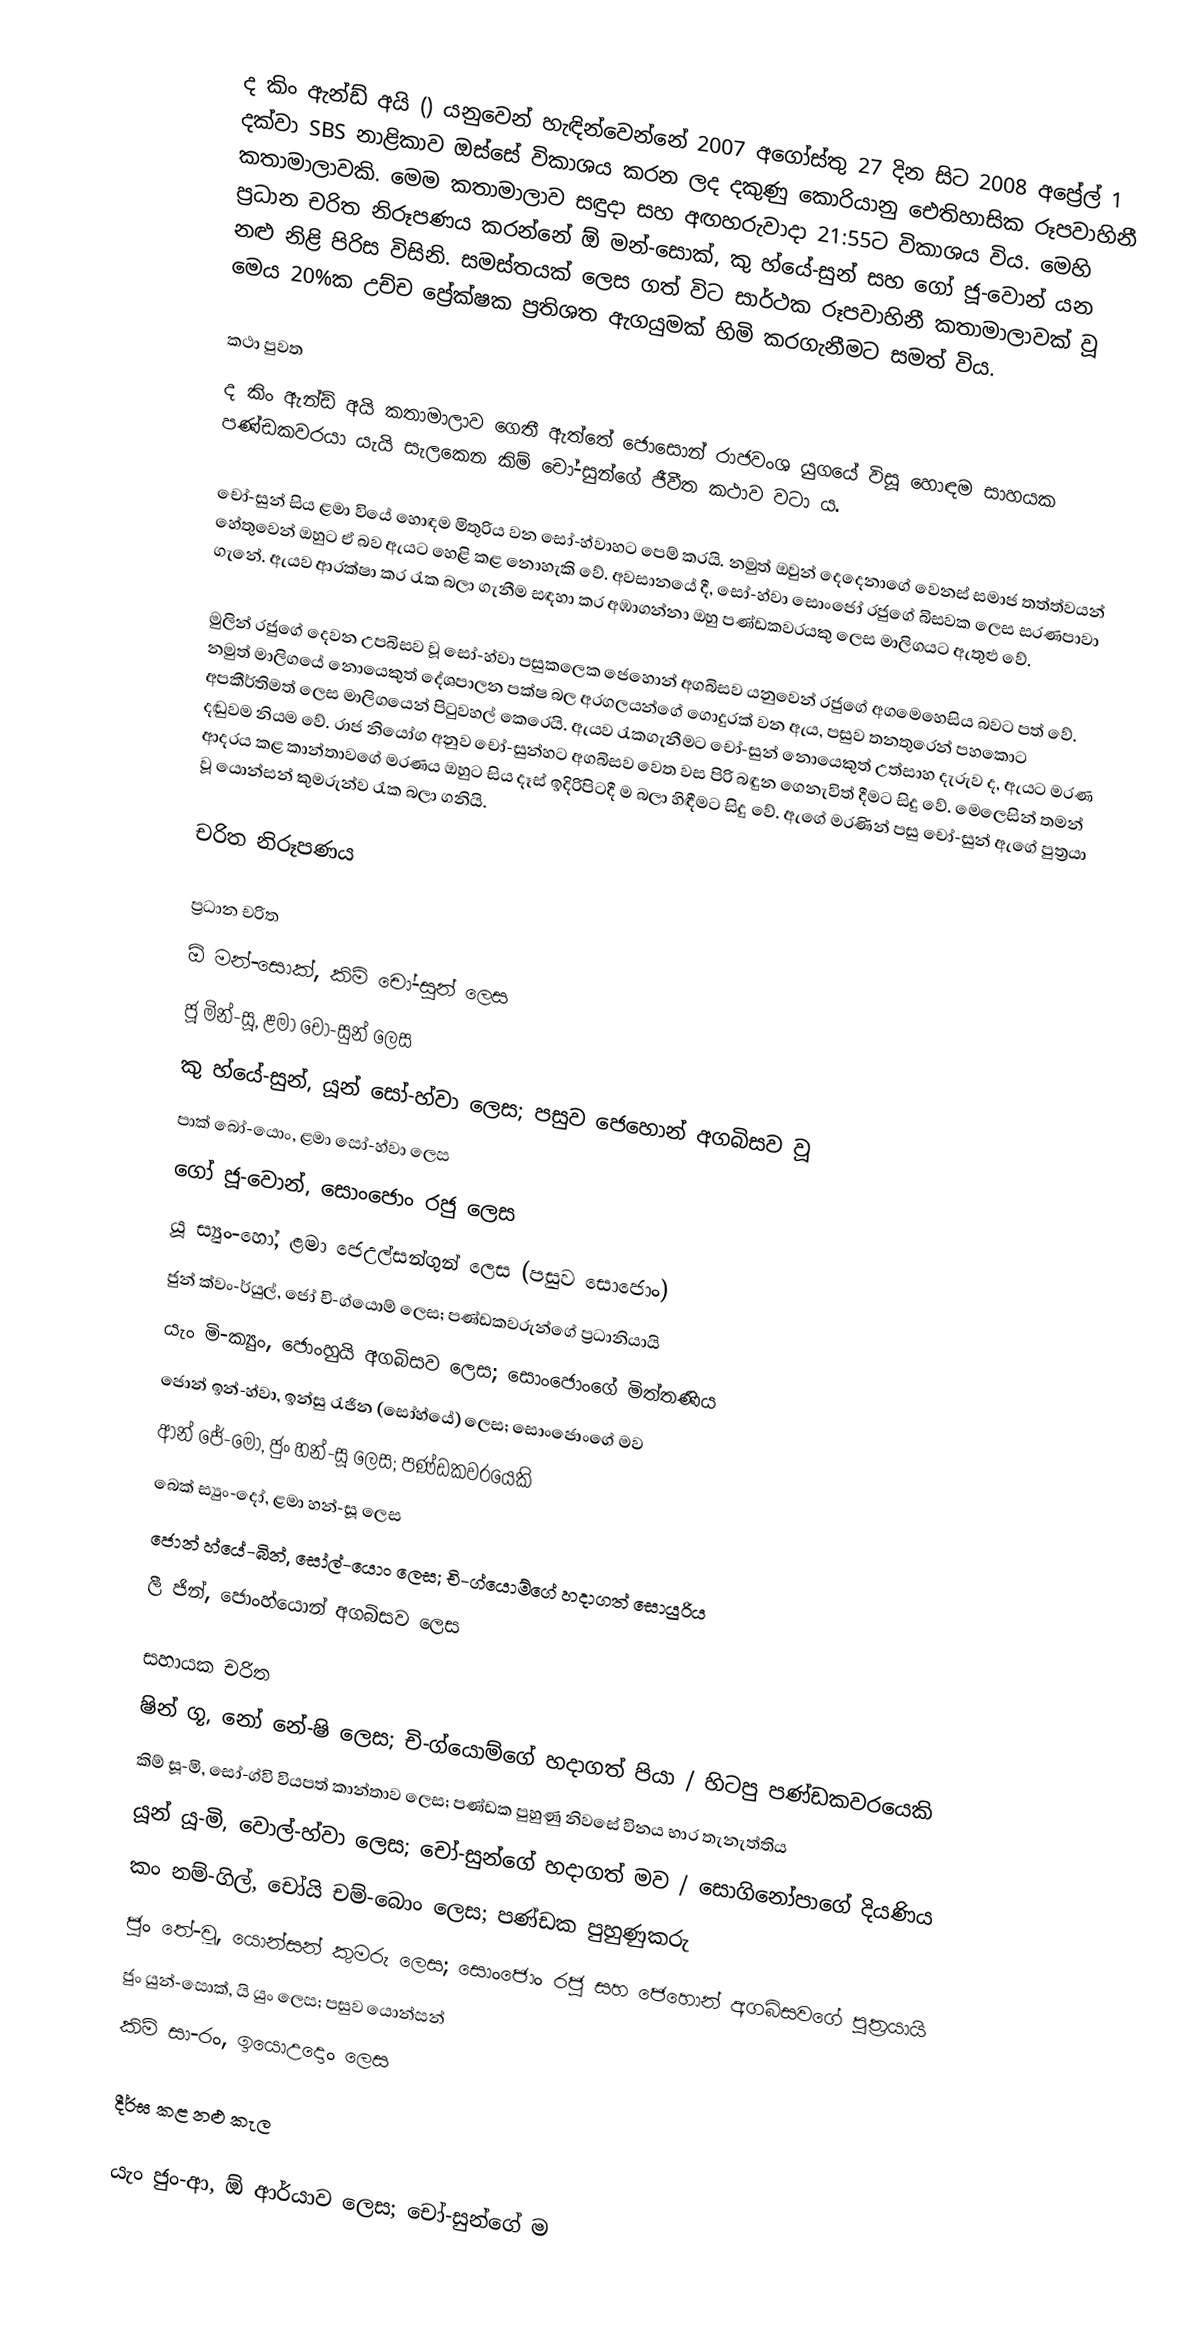
ද කිං ඇන්ඩ් අයි () යනුවෙන් හැඳින්වෙන්නේ 2007 අගෝස්තු 27 දින සිට 2008 අප්‍රේල් 1 දක්වා SBS නාළිකාව ඔස්සේ විකාශය කරන ලද දකුණු කොරියානු ඓතිහාසික රූපවාහිනී කතාමාලාවකි. මෙම කතාමාලාව සඳුදා සහ අඟහරුවාදා 21:55ට විකාශය විය. මෙහි ප්‍රධාන චරිත නිරූපණය කරන්නේ ඕ මන්-සොක්, කු හ්යේ-සුන් සහ ගෝ ජූ-වොන් යන නළු නිළි පිරිස විසිනි. සමස්තයක් ලෙස ගත් විට සාර්ථක රූපවාහිනී කතාමාලාවක් වූ මෙය 20%ක උච්ච ප්‍රේක්ෂක ප්‍රතිශත ඇගයුමක් හිමි කරගැනීමට සමත් විය.

කථා පුවත
ද කිං ඇන්ඩ් අයි කතාමාලාව ගෙතී ඇත‍්තේ ජොසොන් රාජවංශ යුගයේ විසූ හොඳම සාහයක පණ්ඩකවරයා යැයි සැලකෙන කිම් චෝ-සුන්ගේ ජීවීත කථාව වටා ය.

චෝ-සුන් සිය ළමා වියේ හොඳම මිතුරිය වන සෝ-හ්වාහට පෙම් කරයි. නමුත් ඔවුන් දෙදෙනාගේ වෙනස් සමාජ තත්ත්වයන් හේතුවෙන් ඔහුට ඒ බව ඇයට හෙළි කළ නොහැකි වේ. අවසා‍නයේ දී, සෝ-හ්වා සොංජෝ රජුගේ බිසවක ලෙස සරණපාවා ගැනේ. ඇයව ආරක්ෂා කර රැක බලා ගැනීම සඳහා කර අඹාගන්නා ඔහු පණ්ඩකවරයකු ලෙස මාලිගයට ඇතුළු වේ‍.

මුලින් රජුගේ දෙවන උපබිසව වූ සෝ-හ්වා පසුකලෙක ජෙහොන් අගබිසව යනුවෙන් රජුගේ අගමෙහෙසිය බවට පත් වේ. නමුත් මාලිගයේ නොයෙකුත් දේශපාලන පක්ෂ බල අරගලයන්ගේ ගොදුරක් වන ඇය, පසුව තනතුරෙන් පහකොට අපකීර්තිමත් ලෙස මාලිගයෙන් පිටුවහල් කෙරෙයි. ඇයව රැකගැනීමට චෝ-සුන් නොයෙකුත් උත්සාහ දැරුව ද, ඇයට මරණ දඬුවම නියම වේ. රාජ නියෝග අනුව චෝ-සුන්හට අගබිසව වෙත වස පිරි බඳුන ගෙනැවිත් දීමට සිදු වේ. මෙලෙසින් තමන් ආදරය කළ කාන්තාවගේ මරණය ඔහුට සිය දෑස් ඉදිරිපිටදී ම බලා හිඳීමට සිදු වේ. ඇගේ මරණින් පසු චෝ-සුන් ඇගේ පුත්‍රයා වූ යොන්සන් කුමරුන්ව රැක බලා ගනියි.

චරිත නිරූපණය

ප්‍රධාන චරිත
ඕ මන්-සොක්, කිම් චෝ-සුන් ලෙස
‍ජූ මින්-සූ, ළමා චෝ-සුන් ලෙස
කු හ්යේ-සුන්, යූන් සෝ-හ්වා ලෙස; පසුව ජෙහොන් අගබිසව වූ
පාක් බෝ-යොං, ළමා සෝ-හ්වා ලෙස
ගෝ ජූ-වොන්, සොංජොං රජු ලෙස
යූ ස්‍යුං-හෝ, ළමා ජෙඋල්සන්ගුන් ලෙස (පසුව සොජොං)
ජුන් ක්වං-ර්යුල්, ජෝ චි-ග්යොම් ලෙස; පණ්ඩකවරුන්ගේ ප්‍රධානියායි
යැං මි-ක්‍යුං, ජොංහුයි අගබිසව ලෙස; සොංජොංගේ මිත්තණිය
ජොන් ඉන්-හ්වා, ඉන්සු රැජින (සෝහ්යේ) ලෙස; සොංජොංගේ මව
ආන් ජේ-මෝ, ජුං හන්-සූ ලෙස; පණ්ඩකවරයෙකි
බෙක් ස්‍යුං-දෝ, ළමා හන්-සූ ලෙස
ජොන් හ්යේ-බින්, සෝල්-යොං ලෙස; චි-ග්යොම්ගේ හදාගත් සොයුරිය
ලී ජින්, ජොංහ්යොන් අගබිසව ලෙස

සහායක චරිත
ෂින් ගූ, නෝ නේ-ෂි ලෙස; චි-ග්යොම්ගේ හදාගත් පියා / හිටපු පණ්ඩකවරයෙකි
කිම් සූ-මි, සෝ-ග්වි වියපත් කාන්තාව ලෙස; පණ්ඩක පුහුණු නිවසේ විනය භාර තැනැත්තිය
යූන් යූ-මි, වොල්-හ්වා ලෙස; චෝ-සුන්ගේ හදාගත් මව / සොගිනෝපාගේ දියණිය
කං නම්-ගිල්, චෝයි චම්-බොං ලෙස; පණ්ඩක පුහුණුකරු
ජුං තේ-වූ, යොන්සන් කුමරු ලෙස; සොංජොං රජු සහ ජෙහොන් අගබිසවගේ පුත්‍රයායි
ජුං යුන්-සොක්, යි යුං ලෙස; පසුව යොන්සන්
කිම් සා-රං, ඉයොඋදොං ලෙස

දීර්ඝ කළ නළු කැල

යැං ජුං-ආ, ඕ ආර්යාව ලෙස; චෝ-සුන්ගේ ම